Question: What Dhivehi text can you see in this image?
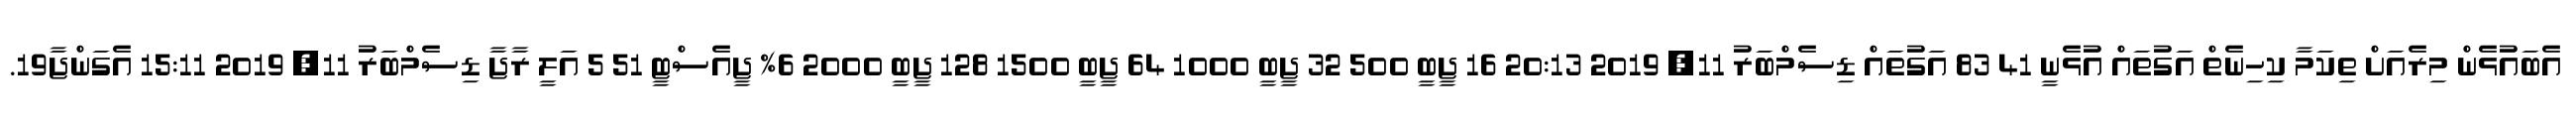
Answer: އެބައުޅެން މިރެއަށް ތިކަމާ ކިހިނެތް އަގުތައް އުޅެނީ 41 83 އަގުތައް ޑިސެމްބަރު 11, 2019 20:13 16 ޖީބީ 500 32 ޖީބީ 1000 64 ޖީބީ 1500 128 ޖީބީ 2000 6% ޖީއެސްޓީ 51 5 އަލީ ރާޖާ ޑިސެމްބަރު 11, 2019 15:11 އެގަންޖާ19.